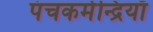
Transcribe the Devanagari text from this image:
पंचकर्मेन्द्रियाँ